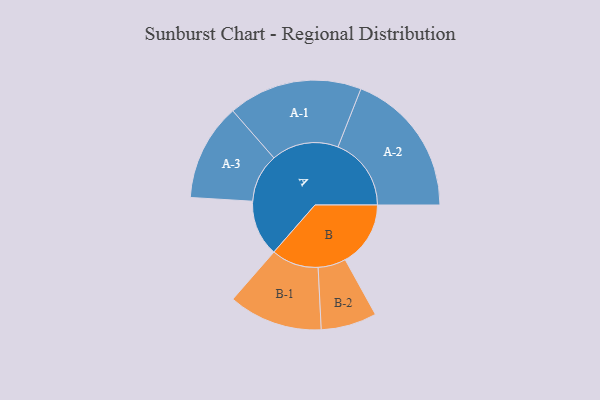
{"axis": {"x": "Segment", "y": "Value"}, "legend": ["", "A", "B"], "data": [{"x": "A", "y": 227, "type": ""}, {"x": "B", "y": 265, "type": ""}, {"x": "A-1", "y": 272, "type": "A"}, {"x": "A-2", "y": 297, "type": "A"}, {"x": "A-3", "y": 197, "type": "A"}, {"x": "B-1", "y": 191, "type": "B"}, {"x": "B-2", "y": 113, "type": "B"}]}